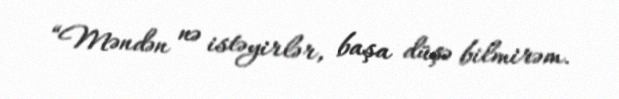
“Məndən nə istəyirlər, başa düşə bilmirəm.